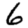
Digit: 6